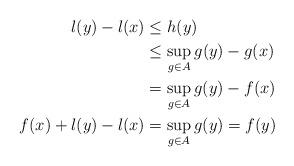
LaTeX: \begin{align*} l(y) - l(x) &\leq h(y)\\ &\leq \sup_{g\in A} g(y) - g(x)\\ &= \sup_{g\in A} g(y) - f(x)\\ f(x) + l(y) - l(x) &= \sup_{g\in A} g(y) = f(y) \end{align*}